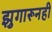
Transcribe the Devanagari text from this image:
झुगारूनही